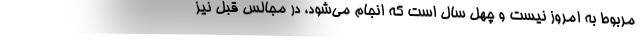
مربوط به امروز نیست و چهل سال است که انجام می‌شود، در مجالس قبل نیز